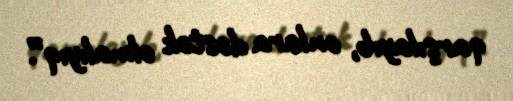
qarşılayıb, onlara dəstək olmalıyıq”.